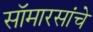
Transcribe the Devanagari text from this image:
सॉमारसांचे